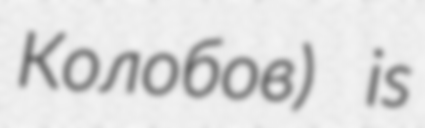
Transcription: Колобов) is